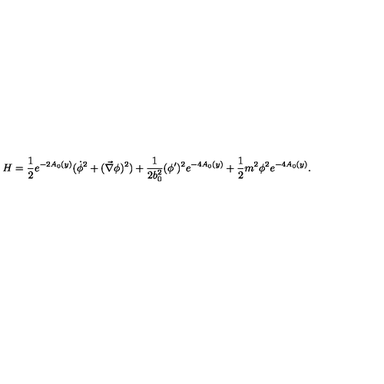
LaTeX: H = \frac { 1 } { 2 } e ^ { - 2 A _ { 0 } ( y ) } ( \dot { \phi } ^ { 2 } + ( \vec { \nabla } \phi ) ^ { 2 } ) + \frac { 1 } { 2 b _ { 0 } ^ { 2 } } ( \phi ^ { \prime } ) ^ { 2 } e ^ { - 4 A _ { 0 } ( y ) } + \frac { 1 } { 2 } m ^ { 2 } \phi ^ { 2 } e ^ { - 4 A _ { 0 } ( y ) } .